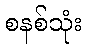
စနစ်သုံး